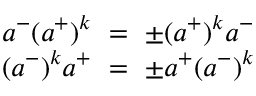
\begin{array} { c } { { a ^ { - } ( a ^ { + } ) ^ { k } ~ = ~ \pm ( a ^ { + } ) ^ { k } a ^ { - } } } \\ { { ( a ^ { - } ) ^ { k } a ^ { + } ~ = ~ \pm a ^ { + } ( a ^ { - } ) ^ { k } } } \end{array}